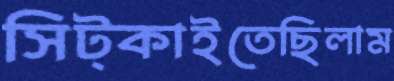
সিট্‌কাইতেছিলাম